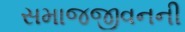
સમાજજીવનની